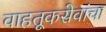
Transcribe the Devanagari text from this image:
वाहतूकसेवांचा